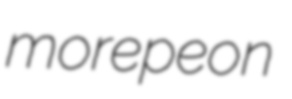
morepeon